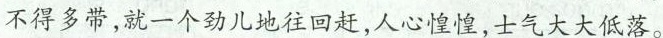
不得多带，就一个劲儿地往回赶，人心惶惶，士气大大低落。